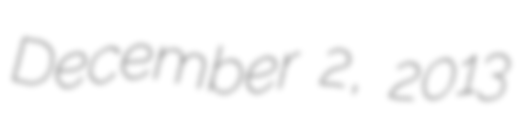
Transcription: December 2, 2013